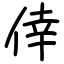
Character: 倖